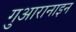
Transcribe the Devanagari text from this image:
गुआरानाइन